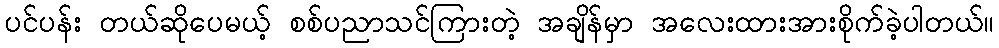
ပင်ပန်း တယ်ဆိုပေမယ့် စစ်ပညာသင်ကြားတဲ့ အချိန်မှာ အလေးထားအားစိုက်ခဲ့ပါတယ်။